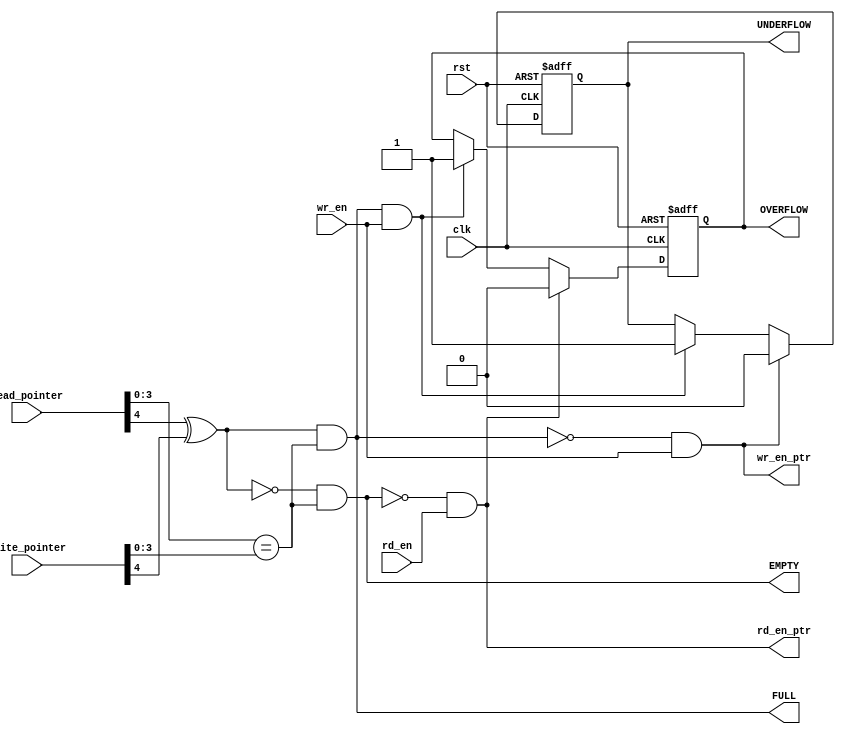
module CONTROLLER #(parameter w_address = 4)(
    input clk,rst,
    input [w_address:0] read_pointer,
    input [w_address:0] write_pointer,
    input rd_en,
    input wr_en,

    output rd_en_ptr,
    output wr_en_ptr,

    output FULL,
    output EMPTY,
    output reg OVERFLOW,
    output reg UNDERFLOW
);
wire opp_polarity;
wire [w_address-1:0] same_address;
assign opp_polarity = read_pointer[w_address]^write_pointer[w_address];
assign same_address = (read_pointer[w_address-1:0]==write_pointer[w_address-1:0]);

assign FULL = (opp_polarity)&(same_address);
assign EMPTY = (~opp_polarity)&(same_address);

assign rd_en_ptr = (~EMPTY) & rd_en;
assign wr_en_ptr = (~FULL) & wr_en;

assign demand_overflow = FULL & wr_en;
always @(posedge clk or negedge rst) begin
    if(!rst) begin
        OVERFLOW <= 0;
    end
    else if (rd_en_ptr) begin
        OVERFLOW <= 0;
    end
    else if (demand_overflow) begin
        OVERFLOW <= 1;
    end
end

assign demand_underflow = EMPTY & rd_en;
always @(posedge clk or negedge rst) begin
    if(!rst) begin
        UNDERFLOW <= 0;
    end
    else if (wr_en_ptr) begin
        UNDERFLOW <= 0;
    end
    else if (demand_overflow) begin
        UNDERFLOW <= 1;
    end
end
endmodule